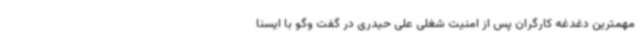
مهمترین دغدغه کارگران پس از امنیت شغلی علی حیدری در گفت وگو با ایسنا